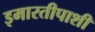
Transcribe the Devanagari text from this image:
इमारतीपाशी